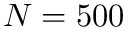
N = 5 0 0